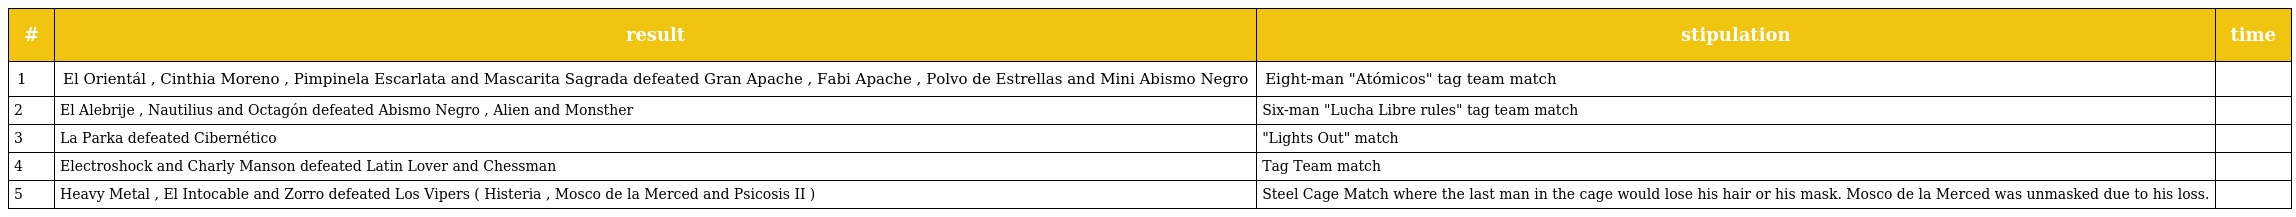
| # | result | stipulation | time |
 | --- | --- | --- | --- |
 | 1 | El Orientál , Cinthia Moreno , Pimpinela Escarlata and Mascarita Sagrada defeated Gran Apache , Fabi Apache , Polvo de Estrellas and Mini Abismo Negro | Eight-man "Atómicos" tag team match |  |
 | 2 | El Alebrije , Nautilius and Octagón defeated Abismo Negro , Alien and Monsther | Six-man "Lucha Libre rules" tag team match |  |
 | 3 | La Parka defeated Cibernético | "Lights Out" match |  |
 | 4 | Electroshock and Charly Manson defeated Latin Lover and Chessman | Tag Team match |  |
 | 5 | Heavy Metal , El Intocable and Zorro defeated Los Vipers ( Histeria , Mosco de la Merced and Psicosis II ) | Steel Cage Match where the last man in the cage would lose his hair or his mask. Mosco de la Merced was unmasked due to his loss. |  |